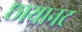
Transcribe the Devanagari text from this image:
छायानट